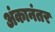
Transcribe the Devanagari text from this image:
अंकानंतर